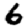
Digit: 6